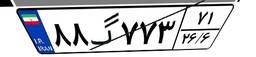
۵۸گ۲۷۹۸۷